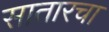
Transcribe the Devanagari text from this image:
सातारचा